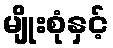
မျိုးစုံနှင့်